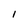
Character: I